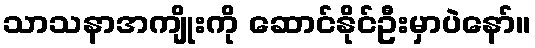
သာသနာအကျိုးကို ဆောင်နိုင်ဦးမှာပဲနော်။